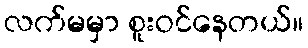
လက်မမှာ စူးဝင်နေတယ်။